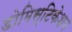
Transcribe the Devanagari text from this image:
डोमिस्टिकेशन